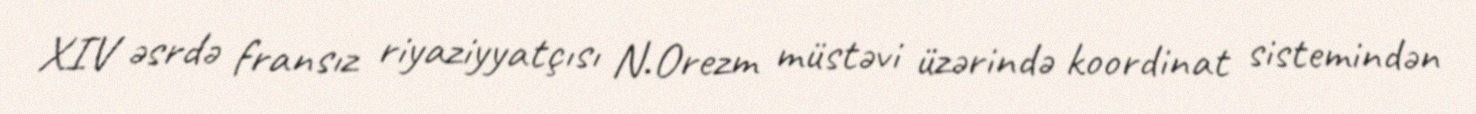
XIV əsrdə fransız riyaziyyatçısı N.Orezm müstəvi üzərində koordinat sistemindən